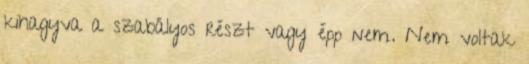
kihagyva a szabályos részt vagy épp nem. Nem voltak